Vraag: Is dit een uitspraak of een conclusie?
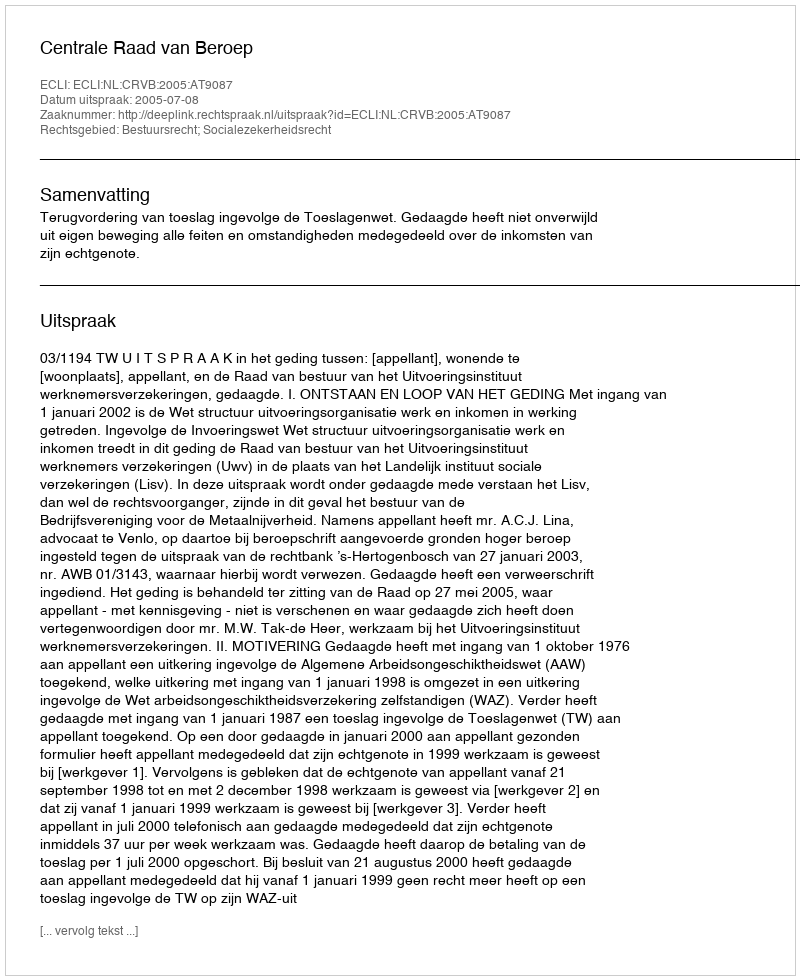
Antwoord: Uitspraak